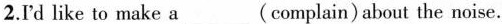
2.I'd like to make a___(complain) about the noise.